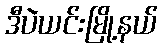
ဒီပဲယင်းမြို့နယ်